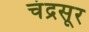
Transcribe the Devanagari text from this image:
चंद्रसूर